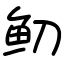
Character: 鱽